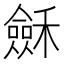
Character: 𥣂